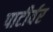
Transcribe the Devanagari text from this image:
पाटीर्वर